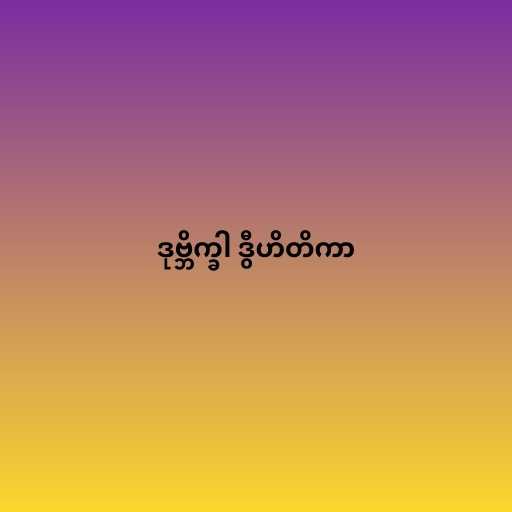
ဒုဗ္ဘိက္ခါ ဒွီဟိတိကာ